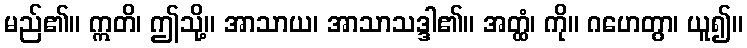
မည်၏။ ဣတိ၊ ဤသို့။ အာသာယ၊ အာသာသဒ္ဒါ၏။ အတ္ထံ၊ ကို။ ဂဟေတွာ၊ ယူ၍။